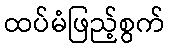
ထပ်မံဖြည့်စွက်